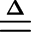
\triangleq